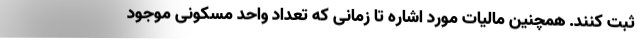
ثبت کنند. همچنین مالیات مورد اشاره تا زمانی که تعداد واحد مسکونی موجود